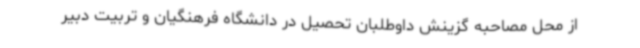
از محل مصاحبه گزینش داوطلبان تحصیل در دانشگاه فرهنگیان و تربیت دبیر